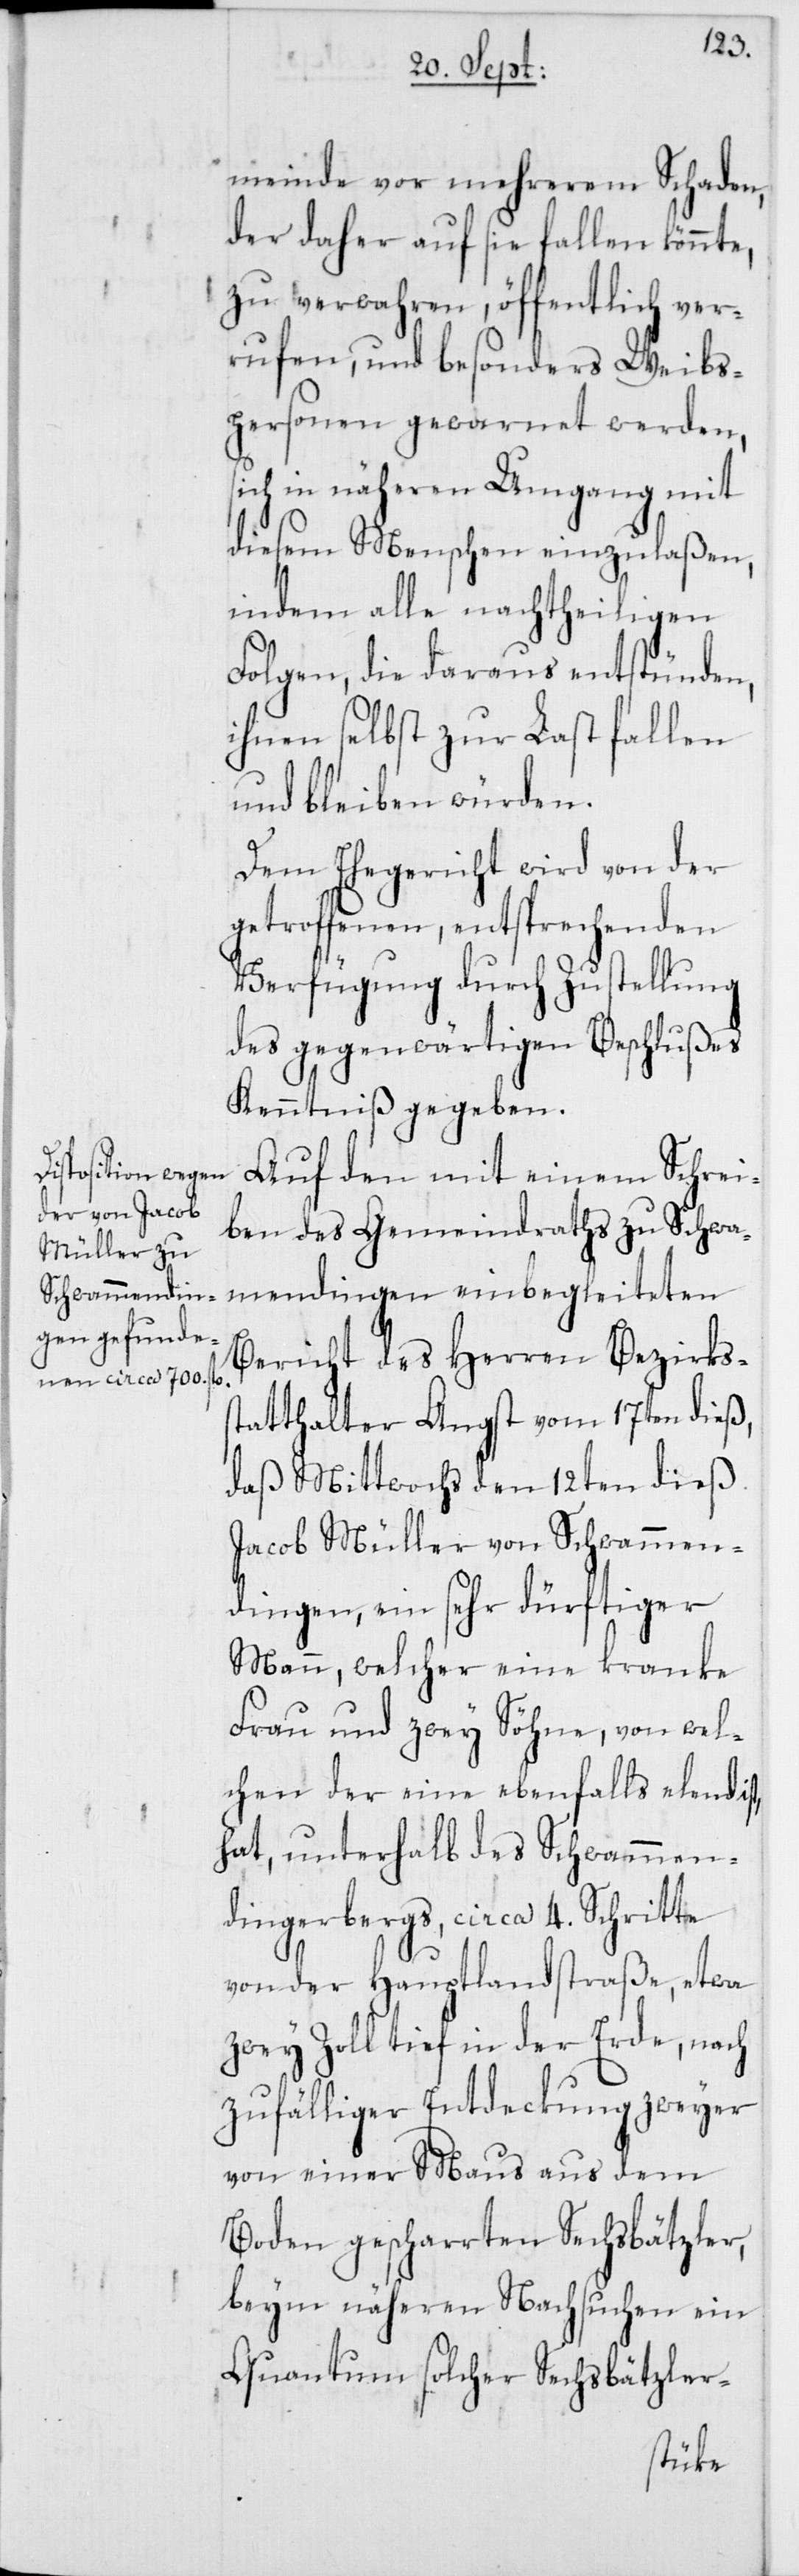
meinde von mehrerem Schaden,
der daher auf sie fallen könnte,
zu verwahren, öffentlich ver¬
rufen, und besonders Weibs¬
personen gewarnet werden,
sich in näheren Umgang mit
diesem Menschen einzulaßen,
indem alle nachtheiligen
Folgen, die daraus entstünden,
ihnen selbst zur Last fallen
und bleiben würden.
Dem Ehegericht wird von der
getroffenen, entsprechenden
Verfügung durch Zustellung
des gegenwärtigen Beschlußes
Kenntniß gegeben.
Auf den mit einem Schrei¬
ben des Gemeindraths zu Schwa¬
mendingen einbegleiteten
Bericht des Herren Bezirks¬
statthalter Angst vom 17ten dieß,
daß Mittwochs den 12ten dieß
Jacob Müller von Schwammen¬
dingen, ein sehr dürftiger
Mann, welcher eine kranke
Frau und zwey Söhne, von wel¬
chen der eine ebenfalls elend ist,
hat, unterhalb des Schwammen¬
dingerbergs, circa 4. Schritte
von der Hauptlandstraße, etwa
zwey Zoll tief in der Erde, nach
zufälliger Entdeckung zweyer
von einer Maus aus dem
Boden gescharrten Sechsbätzler,
beym näheren Nachsuchen ein
Quantum solcher Sechsbätzler-